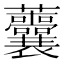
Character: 𧆔